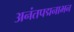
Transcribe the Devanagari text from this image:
अनंतपद्मनाभन